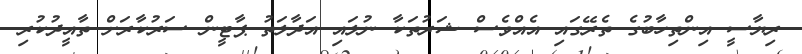
ރިޔާސީ އިންތިހާބުގެ ތެރޭގައި އެއްވެސް ޝަރުތަކާ ނުލައި އަދާލަތު ޕާޓީން ސަރުކާރަށް ތާއީދުކުރި